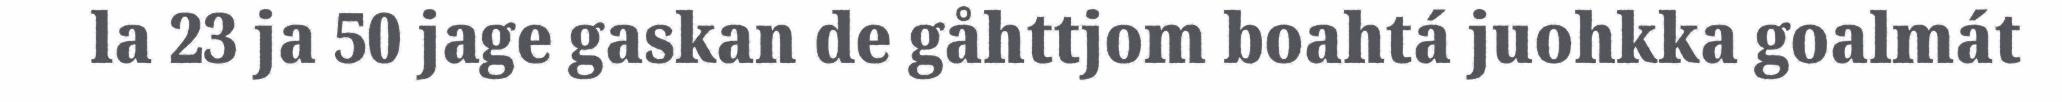
la 23 ja 50 jage gaskan de gåhttjom boahtá juohkka goalmát